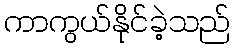
ကာကွယ်နိုင်ခဲ့သည်